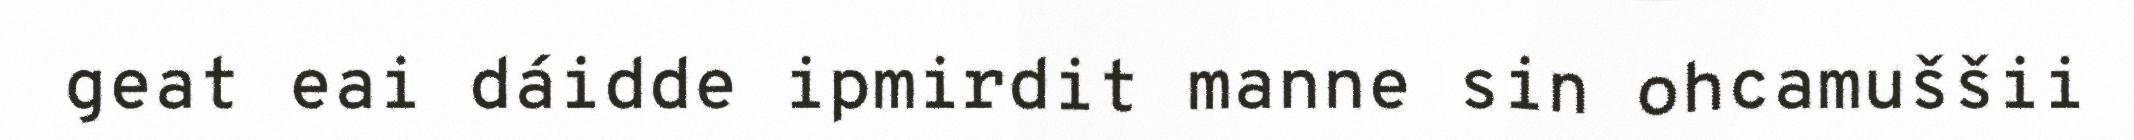
geat eai dáidde ipmirdit manne sin ohcamuššii